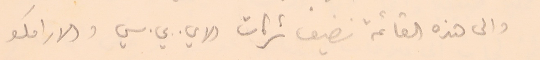
والى هذه القائمة نضيف شركات الاي. بي. سي. والارامكو